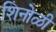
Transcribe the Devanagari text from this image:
शिनोळी